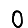
Digit: 0